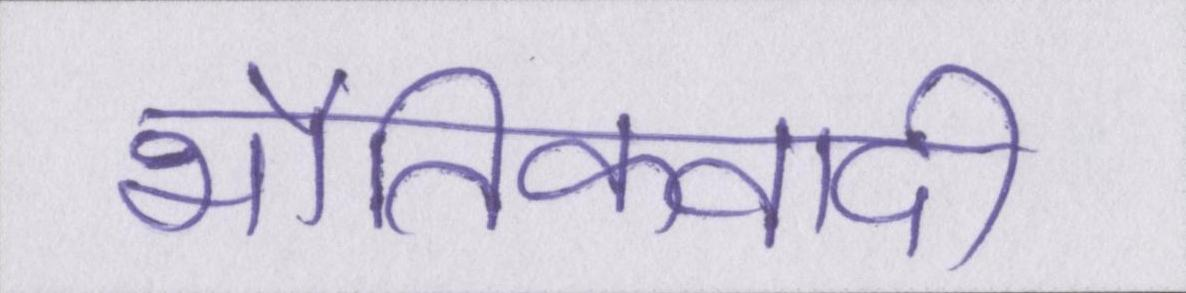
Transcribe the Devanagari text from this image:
भौतिकवादी